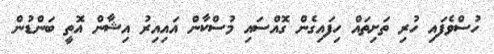
ހުސްވެފައި ހުރި ތަށިތައް ހިފައިގެން ގޮއްސައި މުސްކާން އައިއިރު އިޝާން އޮތީ ބަންޑުން